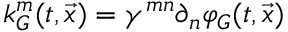
k _ { G } ^ { m } ( t , { \vec { x } } ) = \gamma ^ { m n } \partial _ { n } \varphi _ { G } ( t , { \vec { x } } )